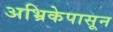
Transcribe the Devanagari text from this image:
अभ्रिकेपासून